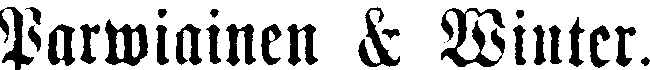
Parwiainen & Winter.